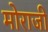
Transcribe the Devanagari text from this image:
मोराजी